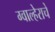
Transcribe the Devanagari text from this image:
ग्वाल्हेराचे